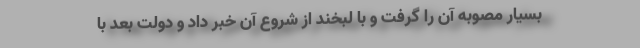
بسیار مصوبه آن را گرفت و با لبخند از شروع آن خبر داد و دولت بعد با